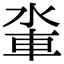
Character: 𨋉